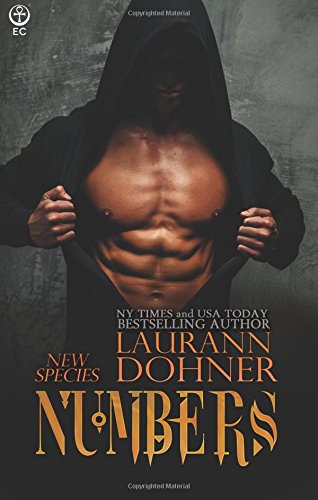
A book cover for Numbers (New Species); Laurann Dohner; Romance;